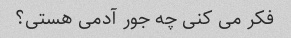
فکر می کنی چه جور آدمی هستی؟